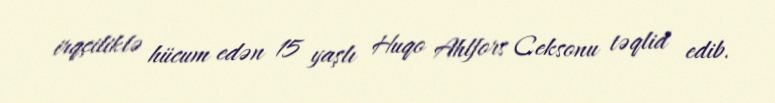
irqçiliklə hücum edən 15 yaşlı Huqo Ahlfors Ceksonu təqlid edib.